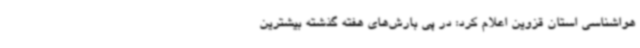
هواشناسی استان قزوین اعلام کرد: در پی بارش‌های هفته گذشته بیشترین